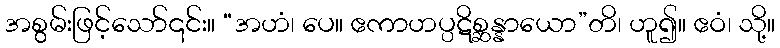
အစွမ်းဖြင့်သော်၎င်း။ “အဟံ၊ ပေ။ ဧကာဟပ္ပဋိစ္ဆန္နာယော”တိ၊ ဟူ၍။ ဧဝံ၊ သို့။